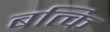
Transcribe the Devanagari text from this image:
बत्कि